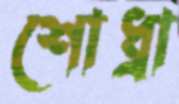
শোধ্‌রা